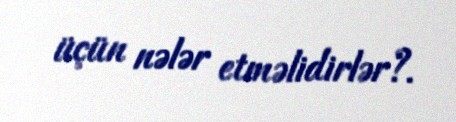
üçün nələr etməlidirlər?.